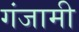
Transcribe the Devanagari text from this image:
गंजामी